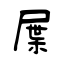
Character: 屟